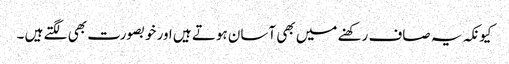
کیونکہ یہ صاف رکھنے میں بھی آسان ہوتے ہیں اور خوبصورت بھی لگتے ہیں ۔